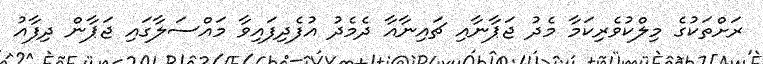
ރަށްތަކުގެ މިލްކުވެރިކަމާ މެދު ޖަޕާނާއި ޗައިނާއާ ދެމެދު އުފެދިފައިވާ މައްސަލާގައި ޖަޕާން ދިފާއު